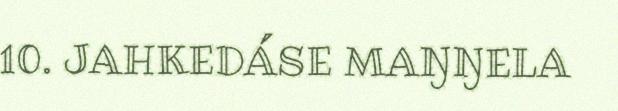
10. JAHKEDÁSE MAŊŊELA